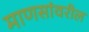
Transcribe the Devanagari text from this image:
माणसांवरील